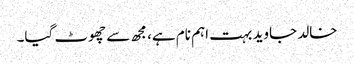
خالد جاوید بہت اہم نام ہے، مجھ سے چھوٹ گیا۔